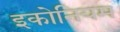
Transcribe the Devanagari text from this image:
इकोनियम